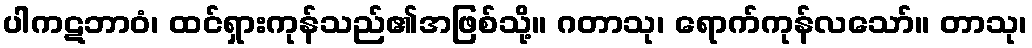
ပါကဋဘာဝံ၊ ထင်ရှားကုန်သည်၏အဖြစ်သို့။ ဂတာသု၊ ရောက်ကုန်လသော်။ တာသု၊